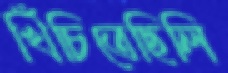
খিঁচিতেছিলি